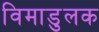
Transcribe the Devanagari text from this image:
विमाडुलक